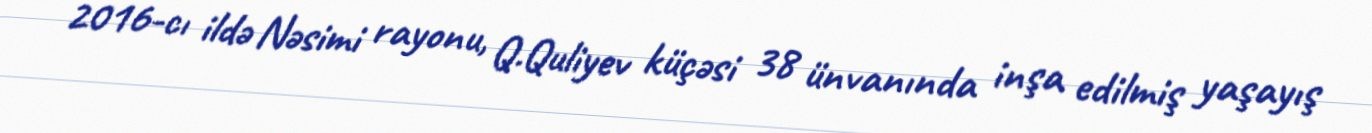
2016-cı ildə Nəsimi rayonu, Q.Quliyev küçəsi 38 ünvanında inşa edilmiş yaşayış